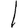
Digit: 1